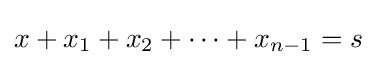
x+x_{1}+x_{2}+\cdots +x_{n-1}=s